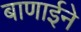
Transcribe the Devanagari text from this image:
बाणाईने